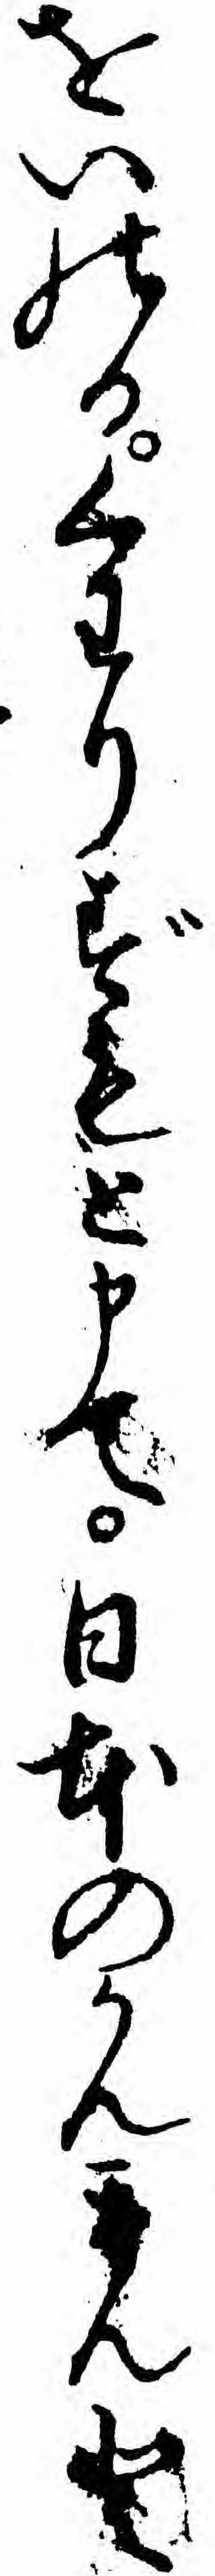
をいのるくわりずもと申て日本のかんきんと